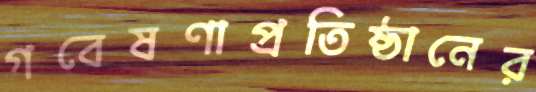
গবেষণাপ্রতিষ্ঠানের